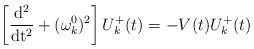
\begin{align*}\left[ \frac{\rm d^2}{\rm dt^2}+(\omega^0_k)^2\right]U_k^+(t)=-V(t)U_k^+(t)\end{align*}